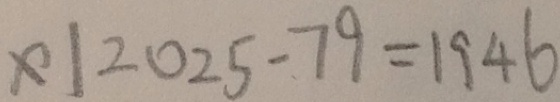
x \vert 2 0 2 5 - 7 9 = 1 9 4 6